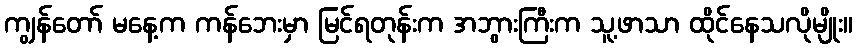
ကျွန်တော် မနေ့က ကန်ဘေးမှာ မြင်ရတုန်းက အဘွားကြီးက သူ့ဖာသာ ထိုင်နေသလိုမျိုး။